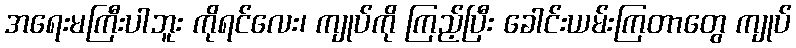
အရေးမကြီးပါဘူး ကိုရင်လေး၊ ကျုပ်ကို ကြည့်ပြီး ခေါင်းယမ်းကြတာတွေ ကျုပ်